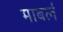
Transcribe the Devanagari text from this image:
माबर्ल